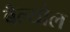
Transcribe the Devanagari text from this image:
बैल्योल